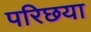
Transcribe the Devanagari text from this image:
परिछया